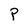
Character: P